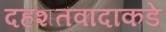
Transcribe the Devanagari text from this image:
दहशतवादाकडे